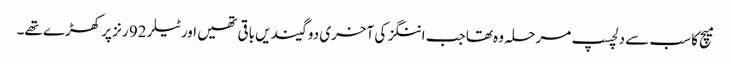
میچ کا سب سے دلچسپ مرحلہ وہ تھا جب اننگز کی آخری دو گیندیں باقی تھیں اور ٹیلر 92 رنز پر کھڑے تھے۔